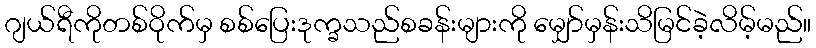
ဂျယ်ရီကိုတစ်ဝိုက်မှ စစ်ပြေးဒုက္ခသည်စခန်းများကို မျှော်မှန်းသိမြင်ခဲ့လိမ့်မည်။